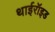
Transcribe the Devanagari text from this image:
थाईरॉइड